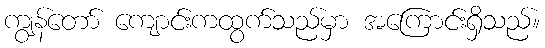
ကျွန်တော် ကျောင်းကထွက်သည်မှာ အကြောင်းရှိသည်။